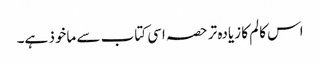
اس کالم کا زیادہ تر حصہ اسی کتاب سے ماخوذ ہے۔